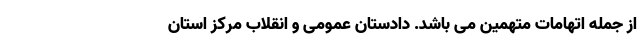
از جمله اتهامات متهمین می باشد. دادستان عمومی و انقلاب مرکز استان